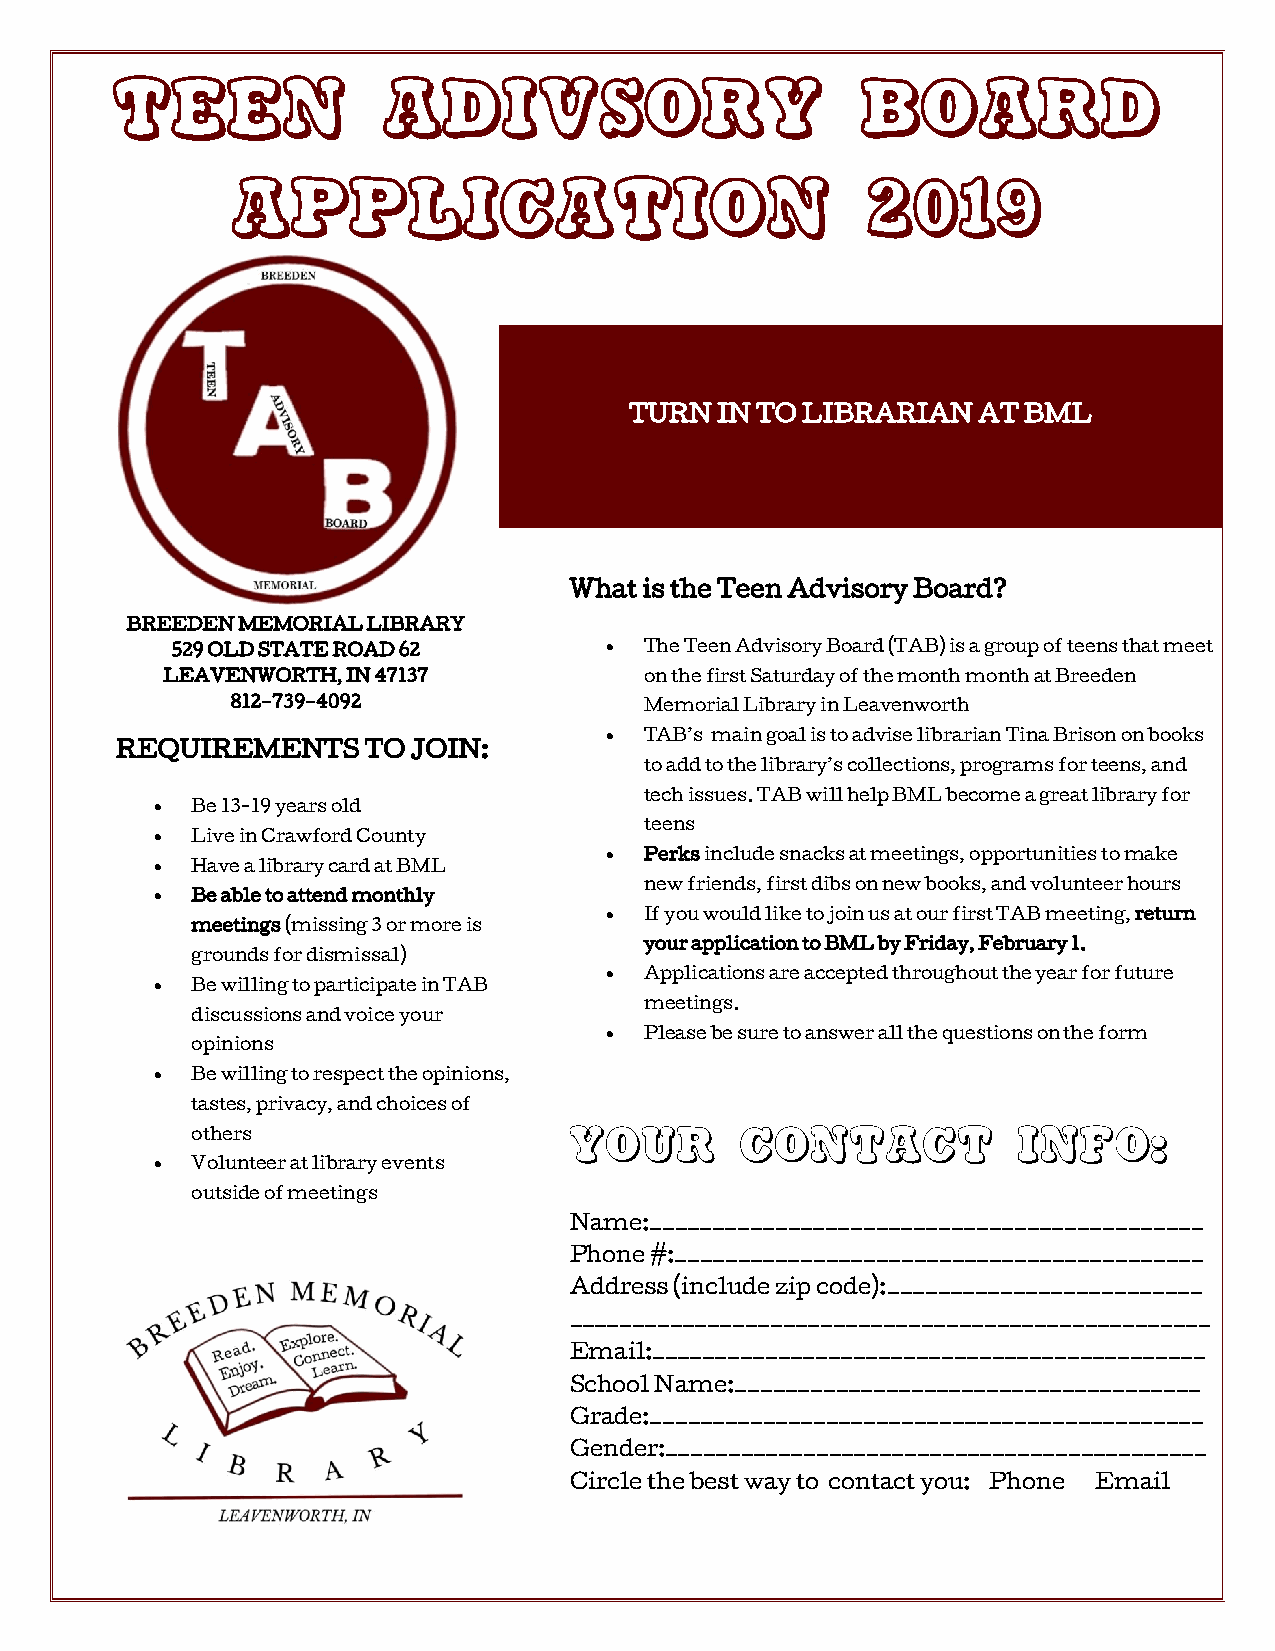
TEEN             ADIVSORY                        BOARD
 APPLICATION                               2019
 TURN IN TO LIBRARIAN   AT BML
 What is the Teen Advisory Board?
 BREEDEN MEMORIAL LIBRARY
 529 OLD STATE ROAD 62          The Teen Advisory Board (TAB) is a group of teens that meet
 LEAVENWORTH, IN 47137           on the first Saturday of the month month at Breeden
 812-739-4092                Memorial Library in Leavenworth
   TAB’s main goal is to advise librarian Tina Brison on books
 REQUIREMENTS    TO JOIN:
 to add to the library’s collections, programs for teens, and
 tech issues. TAB will help BML become a great library for
   Be 13-19 years old
 teens
   Live in Crawford County
   Perks include snacks at meetings, opportunities to make
   Have a library card at BML
 new friends, first dibs on new books, and volunteer hours
   Be able to attend monthly
   If you would like to join us at our first TAB meeting, return
 meetings (missing 3 or more is
 your application to BML by Friday, February 1.
 grounds for dismissal)
   Applications are accepted throughout the year for future
   Be willing to participate in TAB
 meetings.
 discussions and voice your
   Please be sure to answer all the questions on the form
 opinions
   Be willing to respect the opinions,
 tastes, privacy, and choices of
 others                   Your       contact           info:
   Volunteer at library events
 outside of meetings
 Name:____________________________________________
 Phone #:__________________________________________
 Address (include zip code):_________________________
 ___________________________________________________
 Email:____________________________________________
 School Name:_____________________________________
 Grade:____________________________________________
 Gender:___________________________________________
 Circle the best way to contact you: Phone Email